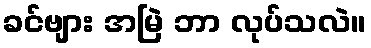
ခင်ဗျား အမြဲ ဘာ လုပ်သလဲ။